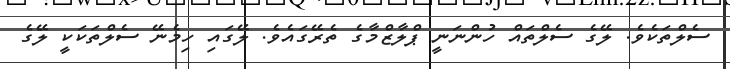
ސެލްތަކެވެ. ލޭގެ ސެލްތައް ހުންނަނީ ޕްލާޒްމާގެ ތެރޭގައެވެ. ލޭގައި ހިމެނޭ ސެލްތަކަކީ ލޭގެ